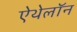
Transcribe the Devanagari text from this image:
ऐथेलॉन